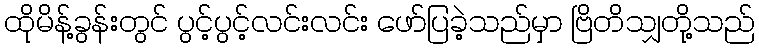
ထိုမိန့်ခွန်းတွင် ပွင့်ပွင့်လင်းလင်း ဖော်ပြခဲ့သည်မှာ ဗြိတိသျှတို့သည်